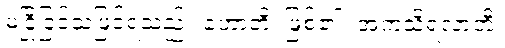
မငြိုငြင်သဖြင့်ရသည်။ ဟောတိ၊ ဖြစ်၏။ အကသိရလာဘီ၊